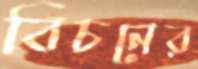
বিচনের